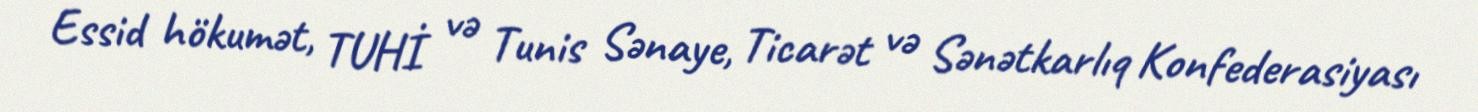
Essid hökumət, TUHİ və Tunis Sənaye, Ticarət və Sənətkarlıq Konfederasiyası